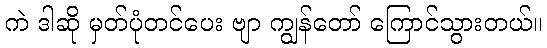
ကဲ ဒါဆို မှတ်ပုံတင်ပေး ဗျာ ကျွန်တော် ကြောင်သွားတယ်။